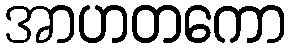
အာဟတကော